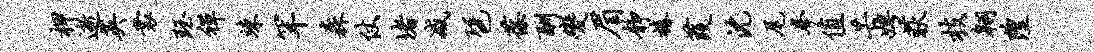
柙逝英裳珏禅竦罕森仗堵减琶葆酬变眉静椿葭沈尾拳值芒娉荻枝翱隍